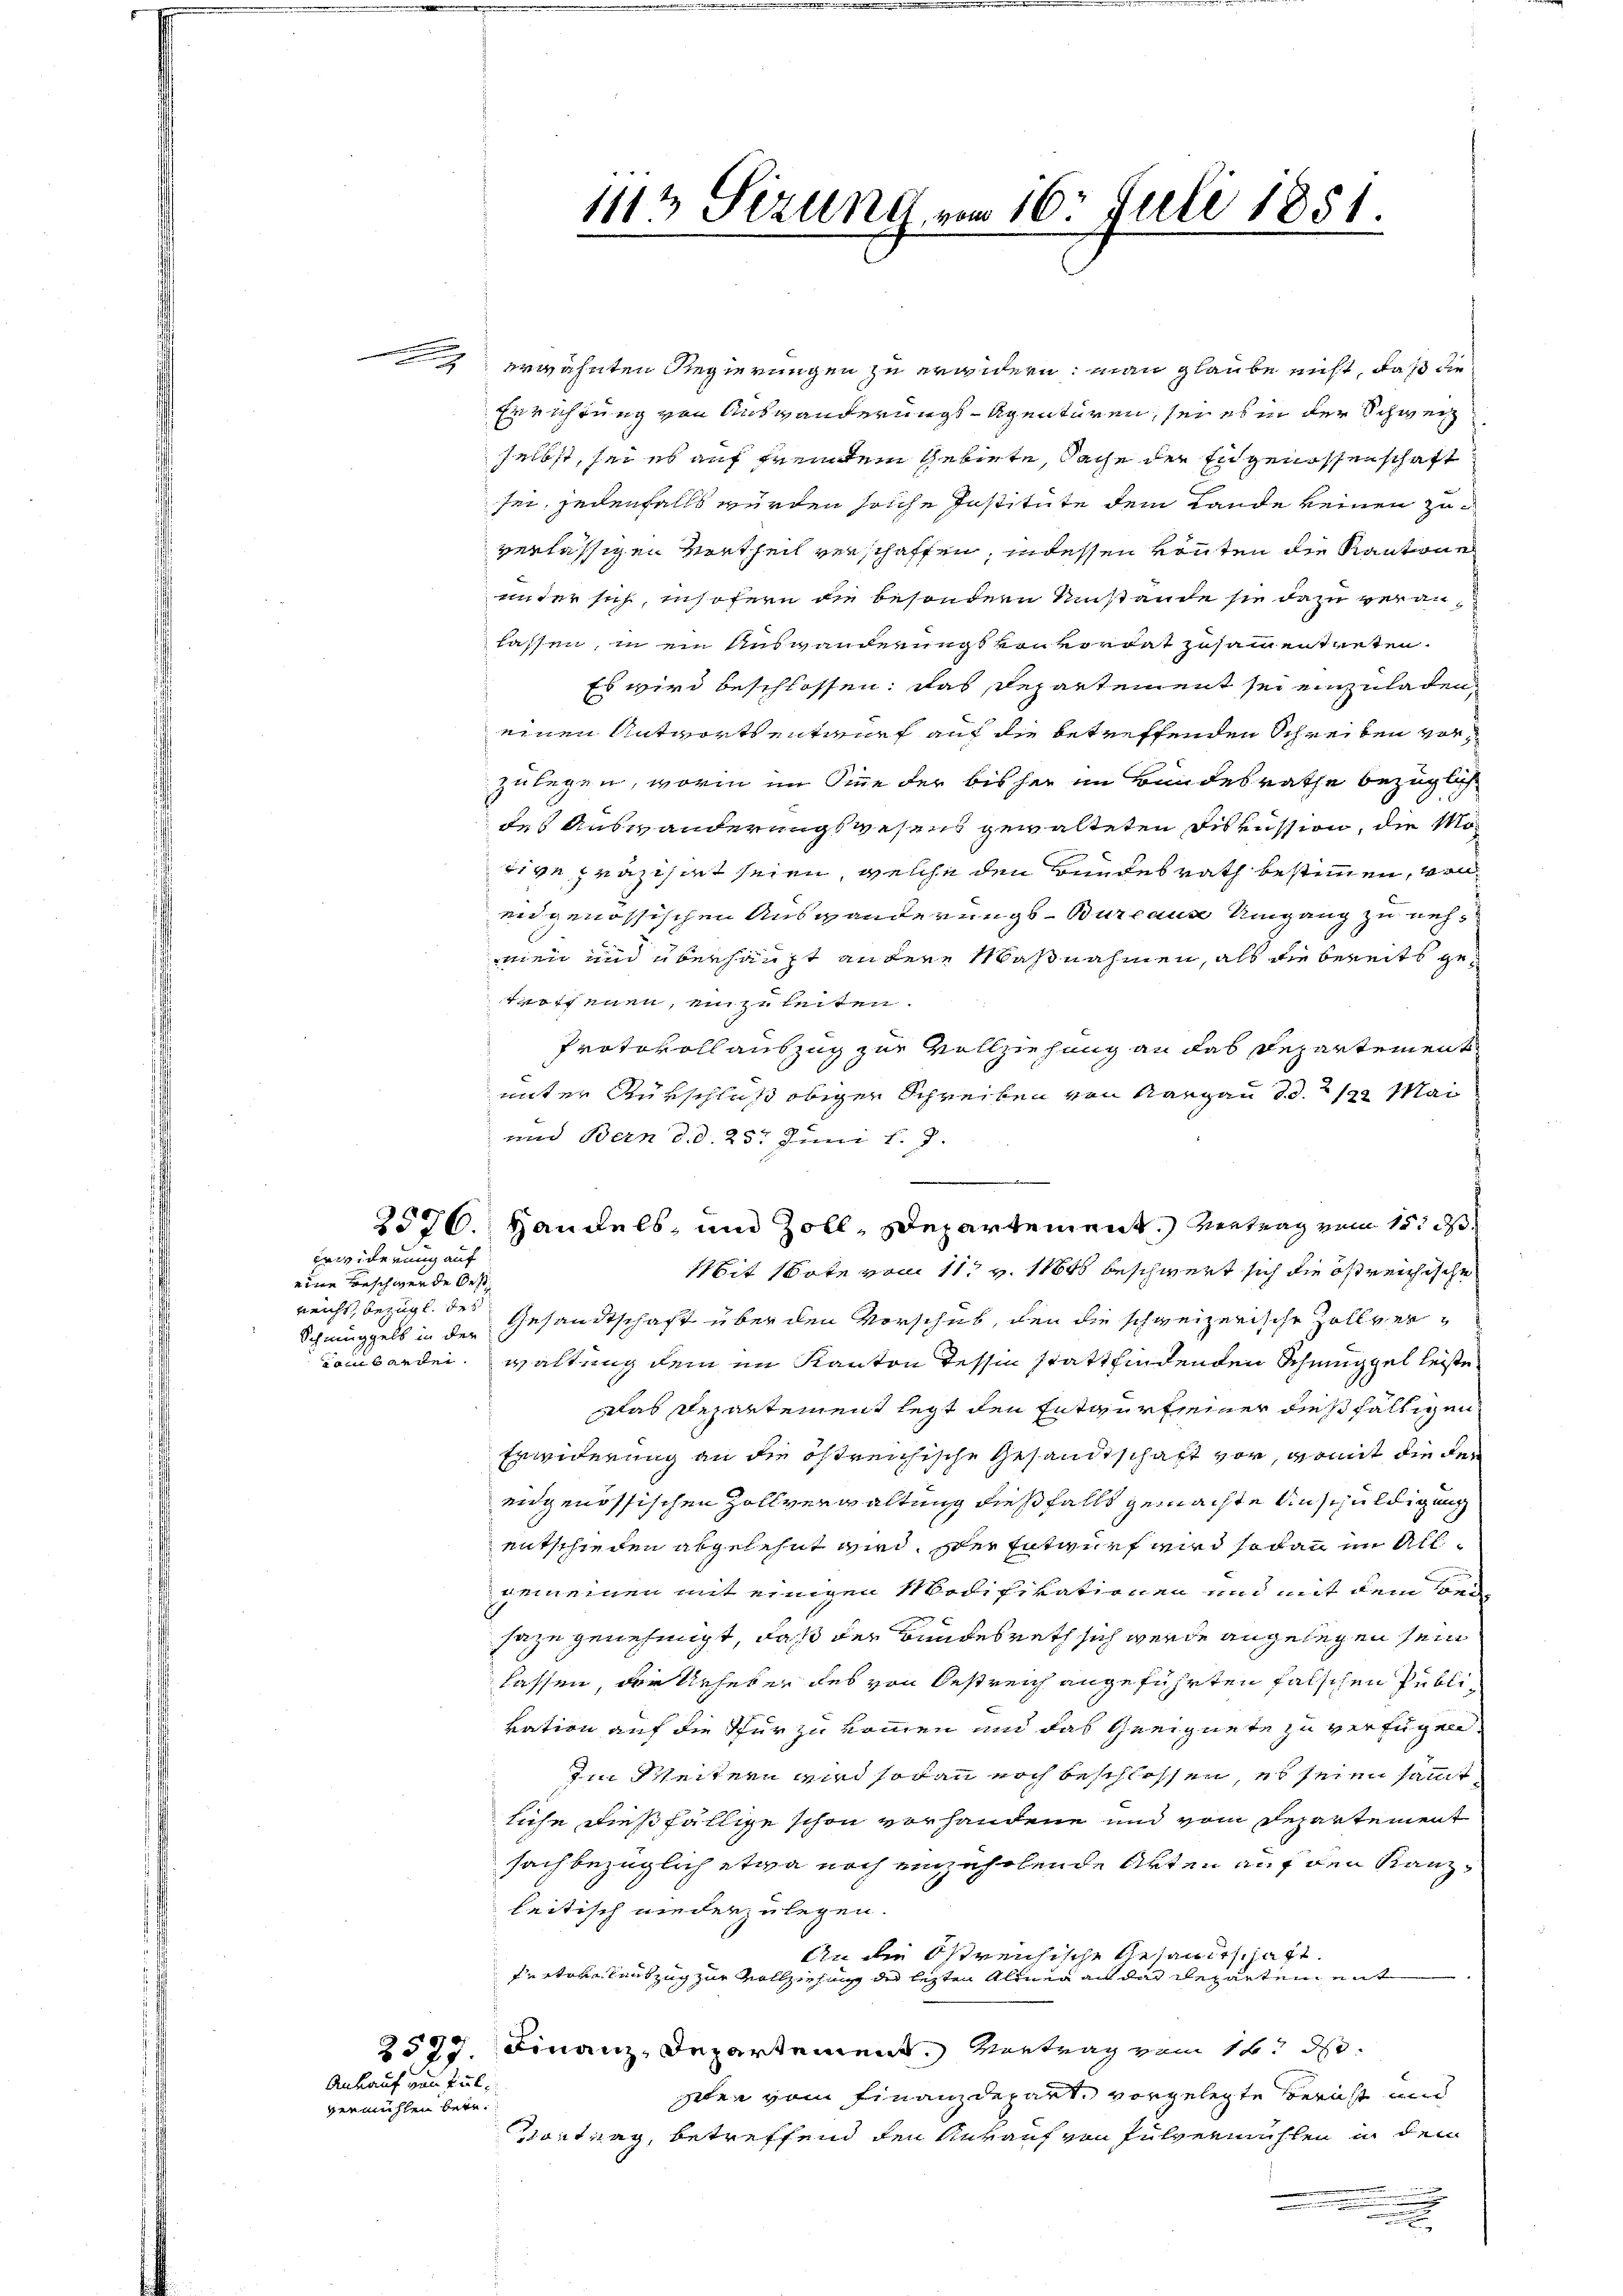
10
2576.

Erwiderung auf
eine Beschwerde Oest
reicht, bezügl. des
Schmuggels in der
Combarden.

Ankauf von Tulvermühlen betr.

erwähnten Regierungen zu erwidern; man glaube nicht, daß die
Errichtung von Auswanderungs-Agenturen, sei es in der Schweiz
selbst, sei es auf fremdem Gebiete, Sache der Engenossenschaft
sei, jedenfalls würden solche Institute dem Lande keinen zuverlässigen Vortheil verschaffen, indessen könten die Kantone
unter sich, insofern die besondern Umstände sie dazu veranlassen, in ein Auswanderungsvonkordat zusammentreten.
Es wird beschlossen: das Departement sei einzuladen,
einen Antworts entwurf auf die betreffenden Schreiben vorzulegen, worin im Sinne der bisher im Bundesrathe bezüglich
des Auswanderungswesens gewalteten Diskussion, die Mörive präzisiert seien, welche den Bundesrath bestimmen, von
eidgenössischen Auswanderungs- Burcause Umgang zu nehmen und überhaupt andere Maßnahmen, als die bereits getroffenen, einzuleiten.
Protokoll auszug zur Vollziehung an das Departement
unter Rürschluß obiger Schreiben von Aargau d.d. 122 Mai
und Bern d. d. 25. Juni 18.
Mit Bote vom 11t v. 1884 beschwert sich die östreichische
Gesandtschaft über den Vorschub, den die schweizerische Zollverwaltung dem im Kanton Tessin stattfindenden Schmuggel leiste
Das Repartement legt den Entwurfseiner dießfälligen
Erwiderung an die östreichische Gesandtschaft vor, womit die der
engenössischen Zollverwaltung dießfalls gemachte Anschuldigung
entschieden abgelehnt wird. Der Entwurf wird sodann im Allgemeinen mit einigen Modifikationen und mit dem Bei
sazu genehmigt, daß der Bundesrath sich werde angelegen sein
lassen, der Urheber des von Oestreich angeführten falschen Publivation auf die für zu kommen und das Geeignete zu verfügen
Im Weitern wird sodann noch beschlossen, es seien samt
liche dießfällige schon vorhandene und vom Departement
sachbezüglich etwa noch einzuholende Arten auf den Kanzleitisch niederzulegen.
An die Ostreichische Gesandtschaft
Fratore lauszug zur Vollziehung der letzten Alinen an das Reparten mit
2527. Finanz-Departement. Vertrag vom 16. d.
schen vom Finanzdepart vorgelegte Bericht und
Vortrag, betreffend den Herauf von Pulvermühlen in dem
m

111 Sizung, vom 16. Juli 1851.

Handels- und Zoll-Departement.) Vertrag vom 15. d.